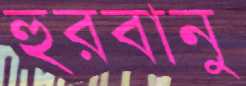
হুরবানু